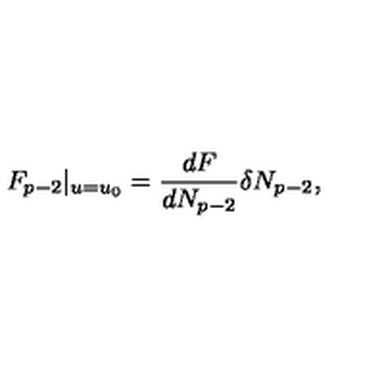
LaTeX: F _ { p - 2 } | _ { u = u _ { 0 } } = \frac { d F } { d N _ { p - 2 } } \delta N _ { p - 2 } ,